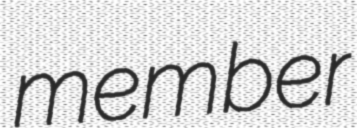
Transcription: member